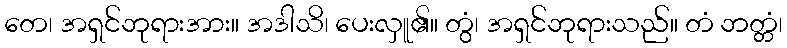
တေ၊ အရှင်ဘုရားအား။ အဒါသိ၊ ပေးလှူ၏။ တွံ၊ အရှင်ဘုရားသည်။ တံ ဘတ္တံ၊